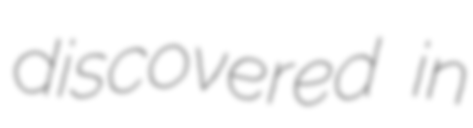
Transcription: discovered in